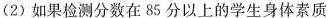
(2)如果检测分数在85分以上的学生身体素质